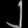
Digit: ၂